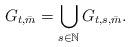
LaTeX: \begin{align*}G_{t,\bar{m}} = \bigcup_{s \in \mathbb{N}} G_{t,s, \bar{m}}.\end{align*}